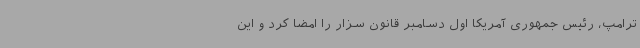
ترامپ، رئیس جمهوری آمریکا اول دسامبر قانون سزار را امضا کرد و این